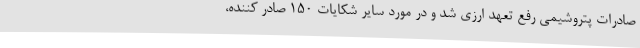
صادرات پتروشیمی رفع تعهد ارزی شد و در مورد سایر شکایات 150 صادر کننده،